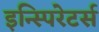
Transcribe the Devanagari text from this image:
इन्स्पिरेटर्स